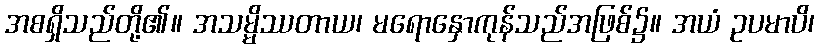
အစရှိသည်တို့၏။ အသမ္မိဿတာယ၊ မရောနှောကုန်သည်အဖြစ်၌။ အယံ ဥပမာပိ၊